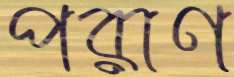
পরাণ